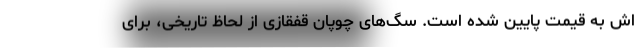
اش به قیمت پایین شده است. سگ‌های چوپان قفقازی از لحاظ تاریخی، برای